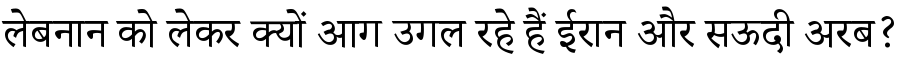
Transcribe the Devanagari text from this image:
लेबनान को लेकर क्यों आग उगल रहे हैं ईरान और सऊदी अरब?